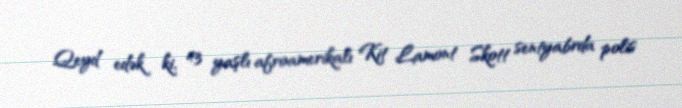
Qeyd edək ki, 43 yaşlı afroamerikalı Kit Lamont Skott sentyabrda polis